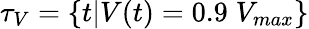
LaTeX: \tau_{V}=\{ t|V(t)=0.9\; V_{max}\}